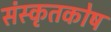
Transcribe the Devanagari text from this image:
संस्कृतकाेष